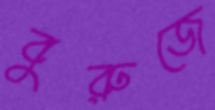
বুরুজে